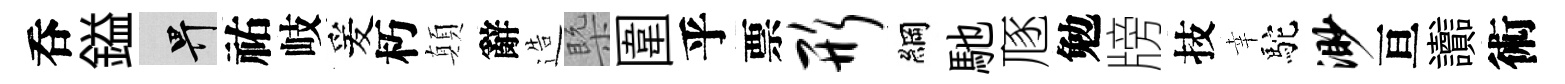
呑鎰畀祐岐爰朽顛辭造槩圍乎票形綱馳豗勉牓技幸駝渺亘讟術